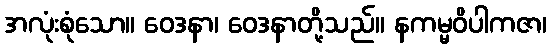
အလုံးစုံသော။ ဝေဒနာ၊ ဝေဒနာတို့သည်။ နကမ္မဝိပါကဇာ၊